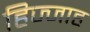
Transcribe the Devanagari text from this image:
हिज्जाह